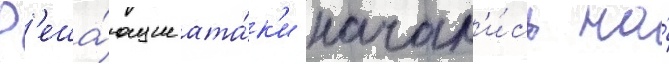
Р'еша́ющие ата́к'и начал'и́сь на́